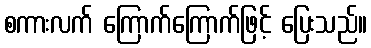
စကားလက် ကြောက်ကြောက်ဖြင့် ပြေးသည်။